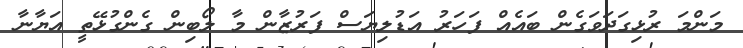
މަންމަ ރުޅިގަދަވަގެން ބައެއް ފަހަރު އަޑުލިޔަސް ފަރުޒާން މާ ލޯބިން ގެންގުޅޭތީ އަޔާނާ